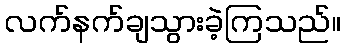
လက်နက်ချသွားခဲ့ကြသည်။